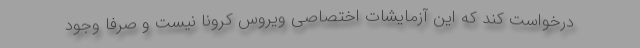
درخواست کند که این آزمایشات اختصاصی ویروس کرونا نیست و صرفاً وجود